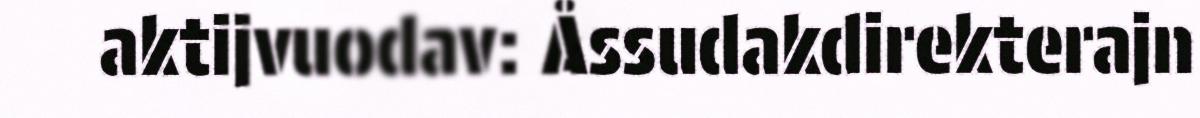
aktijvuodav: Åssudakdirekterajn